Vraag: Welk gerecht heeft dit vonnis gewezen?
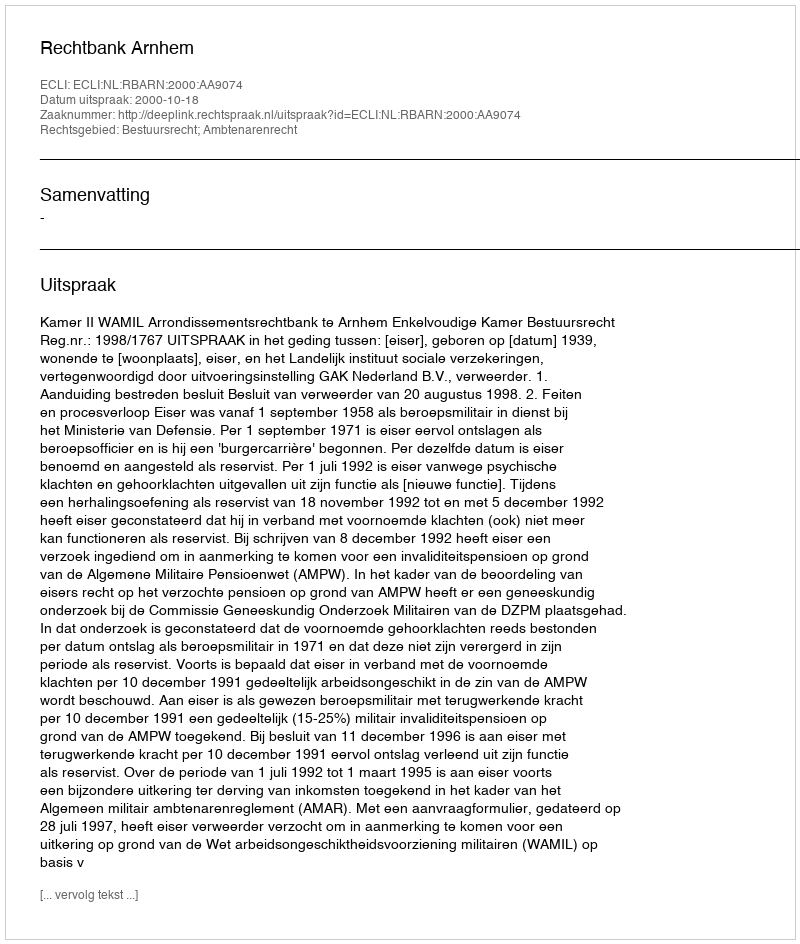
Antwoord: Rechtbank Arnhem